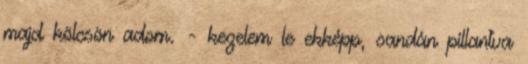
majd kölcsön adom. - kezelem le ekképp, sandán pillantva